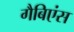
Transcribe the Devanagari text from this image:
गैबिएंस